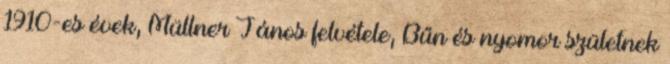
1910-es évek, Müllner János felvétele, Bűn és nyomor születnek